Annual report of the Bengal Veterinary College and of the Civil Veterinary Department, Bengal, for the year 1920-21 - 1920-1921
Year: 1920
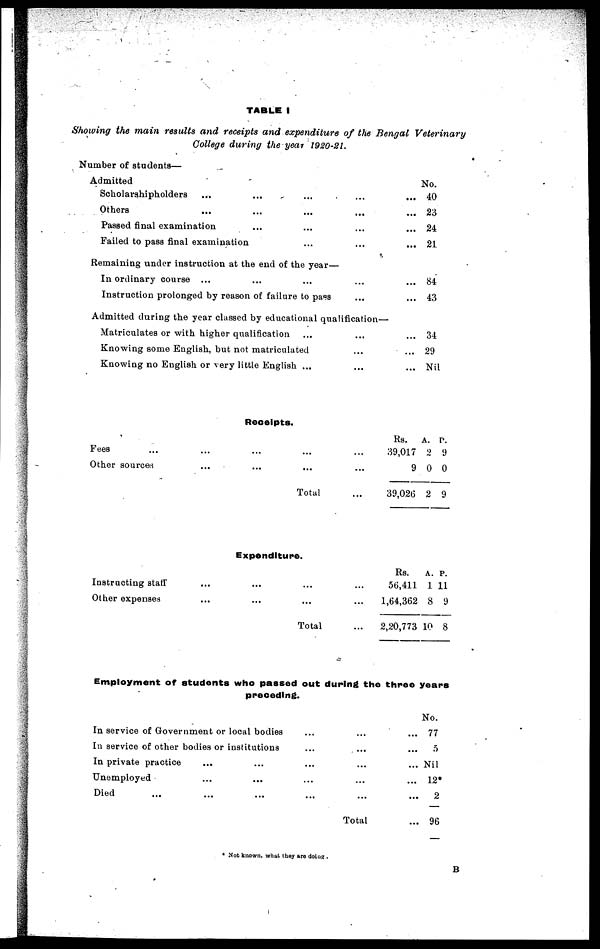
TABLE I
Showing the main results and receipts and expenditure of the Bengal Veterinary
College during the year 1920-21.
Number of students—
Admitted
Scholarshipholders
...
...
...
...
...
Others ... ... ... ... ...
Passed final examination ... ... ... ...
Failed to pass final examination
...
...
...
Remaining under instruction at the end of the year—
In ordinary course ... ... ... ... ...
Instruction prolonged by reason of failure to pass ... ...
Admitted during the year classed by educational qualification—
Matriculates or with higher qualification ... ... ...
Knowing some English, but not matriculated ... ...
Knowing no English or very little English ... ... ...
No.
40
23
24
21
84
43
34
29
Nil
Receipts.
Fees ... ... ... ... ...
Other sources ... ... ... ...
Total ...
Expenditure.
Instructing staff ... ... ... ...
Other expenses ... ... ... ...
Total ...
Rs.
39,017
9
39,026
Rs.
56,411
1,64,362
2,20,773
A.
2
0
2
A.
1
8
10
P.
9
0
9
P.
11
9
8
Employment of students who passed out during the three years
preceding.
In service of Government or local bodies ... ... ...
In service of other bodies or institutions ... ... ...
In private practice ... ... ... ... ...
Unemployed ... ... ... ... ...
Died ... ... ... ... ... ...
Total ...
No.
77
5
Nil
12*
2
96
* Not known, what they are doing .
B